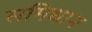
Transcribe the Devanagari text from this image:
समिधान